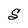
Character: S